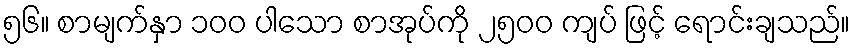
၅၆။ စာမျက်နှာ ၁၀၀ ပါသော စာအုပ်ကို ၂၅၀၀ ကျပ် ဖြင့် ရောင်းချသည်။